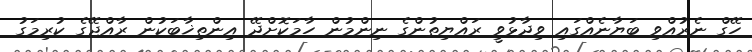
ހޭގް ނެރުއްވި ބަޔާނެއްގައި ވިދާޅުވީ ރައްޔިތުންގެ ނިންމުން ހާމަކޮށްދޭ އިންތިޚާބަކުން ރާއްޖޭގެ ކުރިމަގު